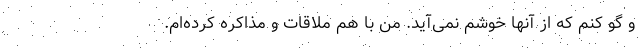
و گو کنم که از آنها خوشم نمی‌آید. من با هم ملاقات و مذاکره کرده‌ام.